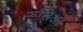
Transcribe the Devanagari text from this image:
रूसिओं